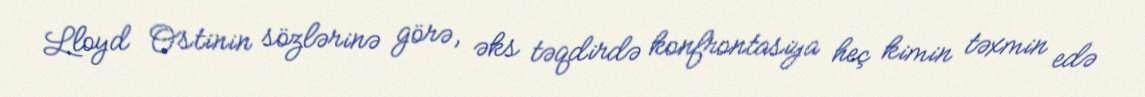
Lloyd Ostinin sözlərinə görə, əks təqdirdə konfrontasiya heç kimin təxmin edə